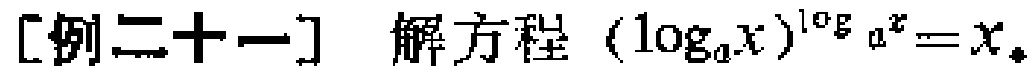
[例二十一] 解方程\((\log_{a}x)^{\log_{a}x}=x\)。